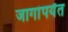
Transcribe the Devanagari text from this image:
जागांपर्यंत